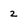
Character: 2